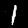
Digit: 1